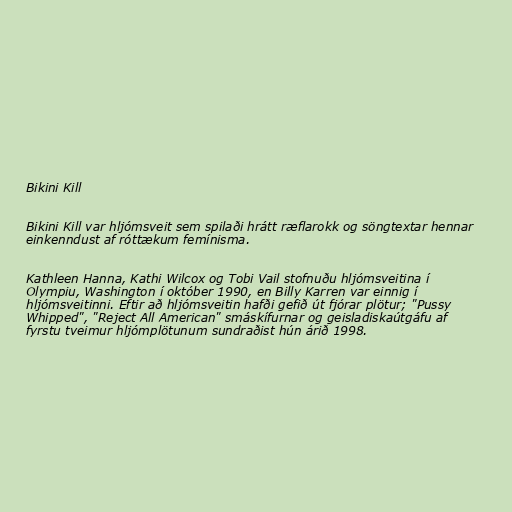
Bikini Kill

Bikini Kill var hljómsveit sem spilaði hrátt ræflarokk og söngtextar hennar
einkenndust af róttækum femínisma.

Kathleen Hanna, Kathi Wilcox og Tobi Vail stofnuðu hljómsveitina í
Olympiu, Washington í október 1990, en Billy Karren var einnig í
hljómsveitinni. Eftir að hljómsveitin hafði gefið út fjórar plötur; "Pussy
Whipped", "Reject All American" smáskífurnar og geisladiskaútgáfu af
fyrstu tveimur hljómplötunum sundraðist hún árið 1998.